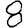
Digit: 8